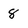
Character: 8